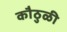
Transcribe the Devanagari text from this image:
कौठुळी